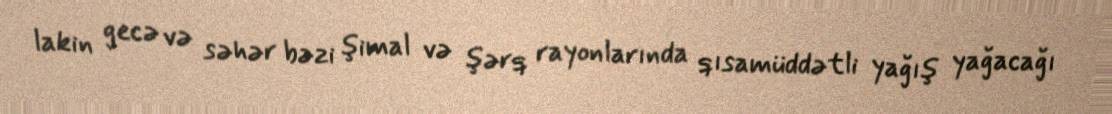
lakin gecə və səhər bəzi şimal və şərq rayonlarında qısamüddətli yağış yağacağı